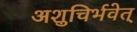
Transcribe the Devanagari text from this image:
अशुचिर्भवेत्